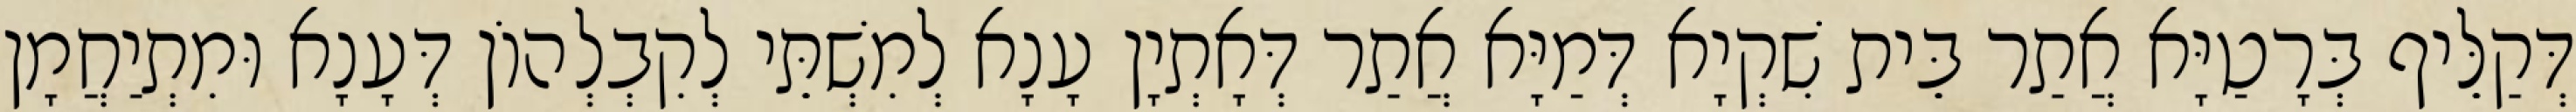
דְּקַלֵּיף בְּרָטַיָּא אֲתַר בֵּית שִׁקְיָא דְּמַיָּא אֲתַר דְּאָתְיָן עָנָא לְמִשְׁתֵּי לְקִבְלְהוֹן דְּעָנָא וּמִתְיַחֲמָן